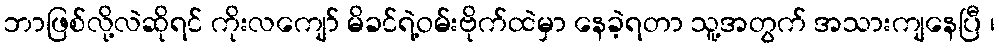
ဘာဖြစ်လို့လဲဆိုရင် ကိုးလကျော် မိခင်ရဲ့ဝမ်းဗိုက်ထဲမှာ နေခဲ့ရတာ သူ့အတွက် အသားကျနေပြီ ၊